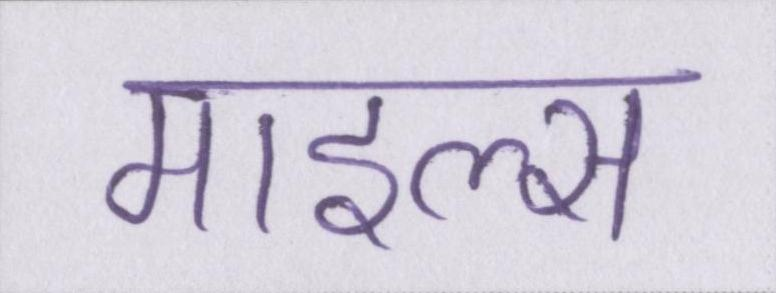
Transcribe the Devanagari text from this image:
माइल्स